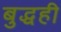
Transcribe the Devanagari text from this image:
बुद्धही